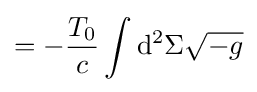
=-{\frac {T_{0}}{c}}\int \mathrm {d} ^{2}\Sigma {\sqrt {-g}}